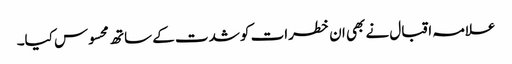
علامہ اقبال نے بھی ان خطرات کو شدت کے ساتھ محسوس کیا۔